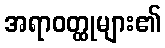
အရာဝတ္ထုများ၏